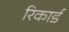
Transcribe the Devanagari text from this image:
रिकार्ड